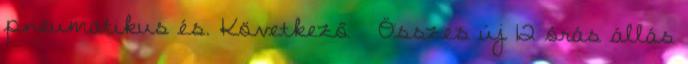
pneumatikus és. Következő › Összes új 12 órás állás